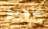
صحيح